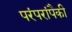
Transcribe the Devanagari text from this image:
परंपरांपैकी